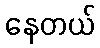
နေတယ်